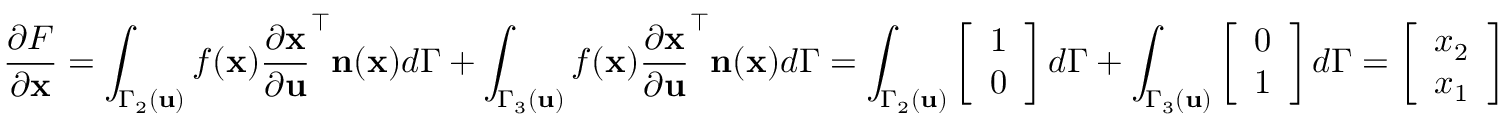
\frac { \partial F } { \partial \mathbf { x } } = \int _ { \Gamma _ { 2 } ( \mathbf { u } ) } f ( \mathbf { x } ) \frac { \partial \mathbf { x } } { \partial \mathbf { u } } ^ { \top } \mathbf { n } ( \mathbf { x } ) d \Gamma + \int _ { \Gamma _ { 3 } ( \mathbf { u } ) } f ( \mathbf { x } ) \frac { \partial \mathbf { x } } { \partial \mathbf { u } } ^ { \top } \mathbf { n } ( \mathbf { x } ) d \Gamma = \int _ { \Gamma _ { 2 } ( \mathbf { u } ) } \left[ \begin{array} { l } { 1 } \\ { 0 } \end{array} \right] d \Gamma + \int _ { \Gamma _ { 3 } ( \mathbf { u } ) } \left[ \begin{array} { l } { 0 } \\ { 1 } \end{array} \right] d \Gamma = \left[ \begin{array} { l } { x _ { 2 } } \\ { x _ { 1 } } \end{array} \right]